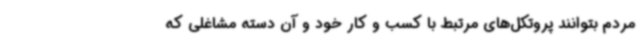
مردم بتوانند پروتکل‌های مرتبط با کسب و کار خود و آن دسته مشاغلی که